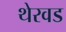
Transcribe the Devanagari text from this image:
थेरवड